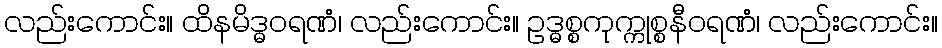
လည်းကောင်း။ ထိနမိဒ္ဓဝရဏံ၊ လည်းကောင်း။ ဥဒ္ဓစ္စကုက္ကုစ္စနီဝရဏံ၊ လည်းကောင်း။